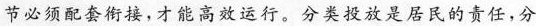
节必须配套衔接，才能高效运行。分类投放是居民的责任，分